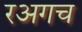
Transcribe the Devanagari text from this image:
रअगच